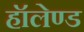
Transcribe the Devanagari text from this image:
हॉलेण्ड